Lunatic asylums Punjab 1881-1894 - 1881-1894
Year: 1881
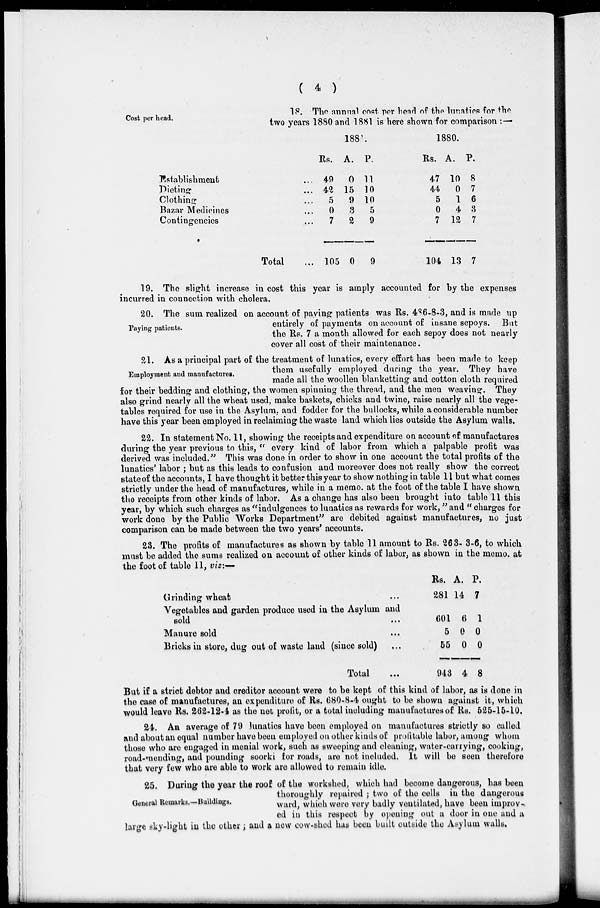
( 4 )
Cost per head.
18. The annual cost per head of the lunatics for the
two years 1880 and 1881 is here shown for comparison :—
Establishment
...
Dieting
...
Clothing
...
Bazar Medicines
...
Contingencies
...
Total
...
1881.
Rs.
49
42
5
0
7
105
A.
0
15
9
3
2
0
P.
11
10
10
5
9
9
1880.
Rs.
47
44
5
0
7
104
A.
10
0
1
4
12
13
P.
8
7
6
3
7
7
19. The slight increase in cost this year is amply accounted for by the expenses
incurred in connection with cholera.
Paying patients.
20. The sum realized on account of paying patients was Rs. 486-8-3, and is made up
entirely of payments on account of insane sepoys. But
the Rs. 7 a month allowed for each sepoy does not nearly
cover all cost of their maintenance.
Employment and manufactures.
21. As a principal part of the treatment of lunatics, every effort has been made to keep
them usefully employed during the year. They have
made all the woollen blanketting and cotton cloth required
for their bedding and clothing, the women spinning the thread, and the men weaving. They
also grind nearly all the wheat used, make baskets, chicks and twine, raise nearly all the vege-
tables required for use in the Asylum, and fodder for the bullocks, while a considerable number
have this year been employed in reclaiming the waste land which lies outside the Asylum walls.
22. In statement No. 11, showing the receipts and expenditure on account of manufactures
during the year previous to this, " every kind of labor from which a palpable profit was
derived was included." This was done in order to show in one account the total profits of the
lunatics' labor ; but as this leads to confusion and moreover does not really show the correct
state of the accounts, I have thought it better this year to show nothing in table 11 but what comes
strictly under the head of manufactures, while in a memo. at the foot of the table I have shown
the receipts from other kinds of labor. As a change has also been brought into table 11 this
year, by which such charges as "indulgences to lunatics as rewards for work," and " charges for
work done by the Public Works Department" are debited against manufactures, no just
comparison can be made between the two years' accounts.
23. The profits of manufactures as shown by table 11 amount to Rs. 263- 3-6, to which
must be added the sums realized on account of other kinds of labor, as shown in the memo, at
the foot of table 11, viz:-
Grinding wheat ...
Vegetables and garden produce used in the Asylum and
sold ...
Manure sold ...
Bricks in store, dug out of waste land (since sold) ...
Total ...
Rs.
281
601
5
55
943
A.
14
6
0
0
4
P.
7
1
0
0
8
But if a strict debtor and creditor account were to be kept of this kind of labor, as is done in
the case of manufactures, an expenditure of Rs. 680-8-4 ought to be shown against it, which
would leave Rs. 262-12-4 as the net profit, or a total including manufactures of Rs. 525-15-10.
24. An average of 79 lunatics have been employed on manufactures strictly so called
and about an equal number have been employed on other kinds of profitable labor, among whom
those who are engaged in menial work, such as sweeping and cleaning, water-carrying, cooking,
road-mending, and pounding soorki for roads, are not included. It will be seen therefore
that very few who are able to work are allowed to remain idle.
General Remarks,—Buildings.
25. During the year the roof of the workshed, which had become dangerous, has been
thoroughly repaired ; two of the cells in the dangerous
ward, which were very badly ventilated, have been improv-
ed in this respect by opening out a door in one and a
large sky-light in the other; and a new cow-shed has been built outside the Asylum walls.